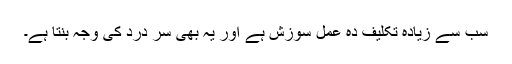
سب سے زیادہ تکلیف دہ عمل سوزش ہے اور یہ بھی سر درد کی وجہ بنتا ہے۔